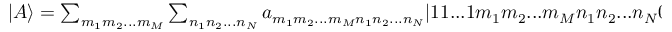
\begin{array} { r } { | A \rangle = \sum _ { m _ { 1 } m _ { 2 } . . . m _ { M } } \sum _ { n _ { 1 } n _ { 2 } . . . n _ { N } } a _ { m _ { 1 } m _ { 2 } . . . m _ { M } n _ { 1 } n _ { 2 } . . . n _ { N } } | 1 1 . . . 1 m _ { 1 } m _ { 2 } . . . m _ { M } n _ { 1 } n _ { 2 } . . . n _ { N } 0 0 . . . 0 \rangle } \end{array}